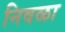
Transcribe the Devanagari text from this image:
निवळा